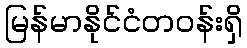
မြန်မာနိုင်ငံတဝန်းရှိ